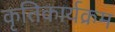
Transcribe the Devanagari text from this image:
कृतिकार्यक्रम